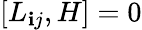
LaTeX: [L_{\mathbf{i}j},H]=0